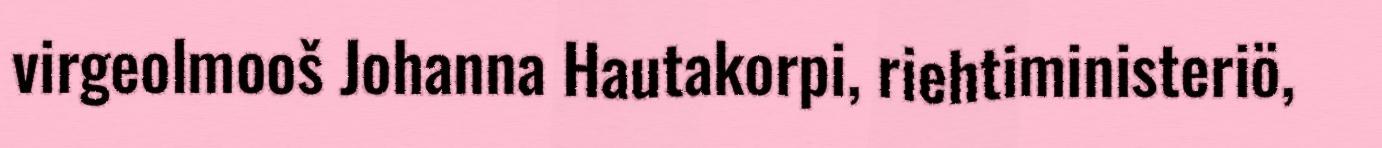
virgeolmooš Johanna Hautakorpi, riehtiministeriö,